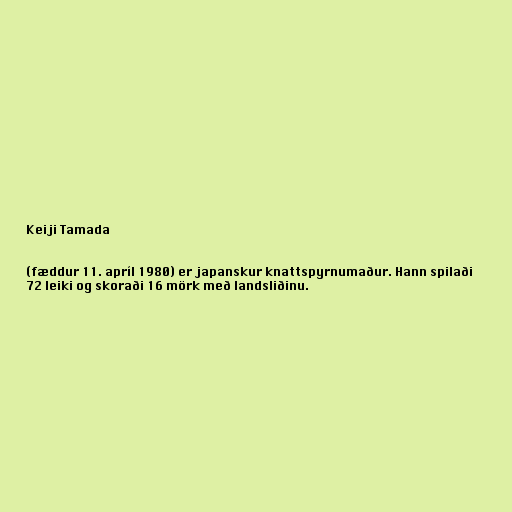
Keiji Tamada

(fæddur 11. apríl 1980) er japanskur knattspyrnumaður. Hann spilaði
72 leiki og skoraði 16 mörk með landsliðinu.